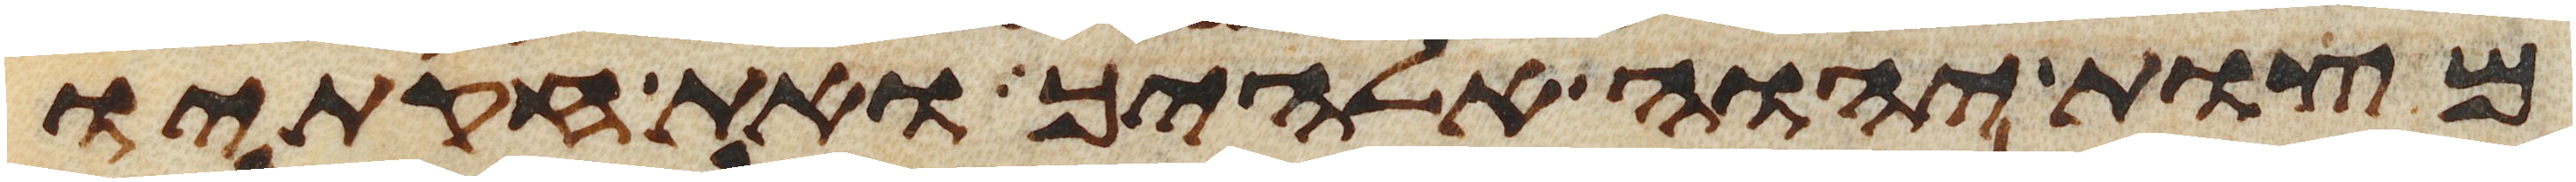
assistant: מצות יהוה אלהיך ואת חקתיו